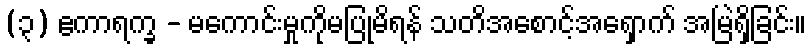
(၃) ဧကာရက္ခ - မကောင်းမှုကိုမပြုမိရန် သတိအစောင့်အရှောက် အမြဲရှိခြင်း။